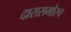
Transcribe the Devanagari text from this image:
दारासमोरच